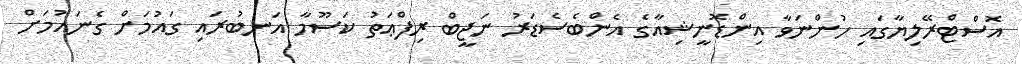
އޮސްޓްރޭލިޔާގައި ހުންނަވާ އިންޑޮނީޝިއާގެ އެންބެސެޑަރު ނަޖީބް ރިފްޢަތު ކަސޫމާ އަނބުރައި ގައުމަށް ގެނައުމަށް